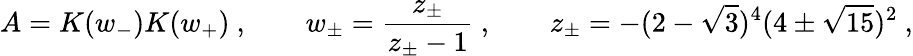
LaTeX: A=K(w_{-})K(w_{+})\ ,\qquad w_{\pm}=\frac{z_{\pm}}{z_{\pm}-1}\ ,\qquad z_{\pm}=-(2-\sqrt{3})^{4}(4\pm\sqrt{15})^{2}\ ,